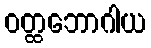
ဝတ္ထဘောဂါယ